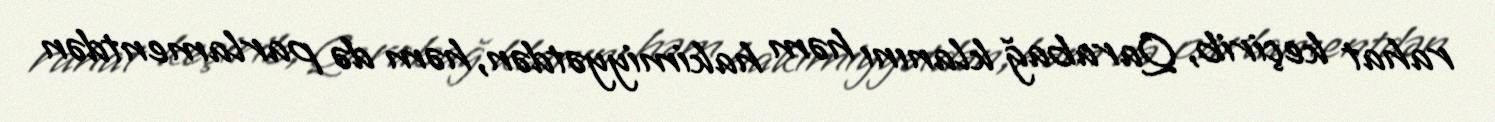
rahat keçirib, Qarabağ klanını həm hakimiyyətdən, həm də parlamentdən